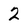
Character: 2